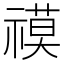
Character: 𮂓